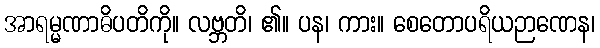
အာရမ္မဏာဓိပတိကို။ လဗ္ဘတိ၊ ၏။ ပန၊ ကား။ စေတောပရိယဉာဏေန၊